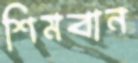
শিমবান